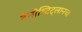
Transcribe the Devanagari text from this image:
टेनोच्टिट्लानचा